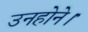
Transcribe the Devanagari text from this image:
उनहोने।